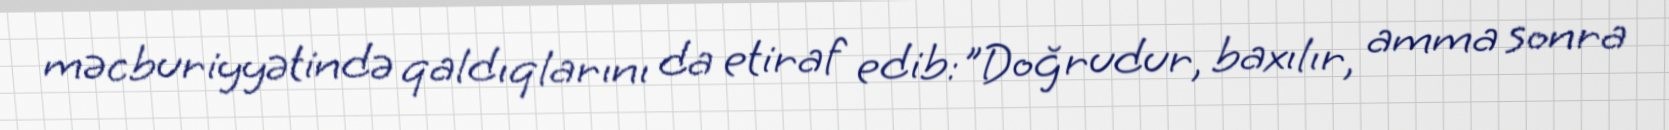
məcburiyyətində qaldıqlarını da etiraf edib:"Doğrudur, baxılır, amma sonra